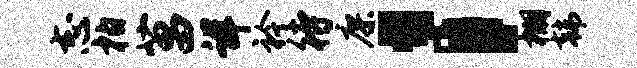
志柏菖详衿待廖；棚韩